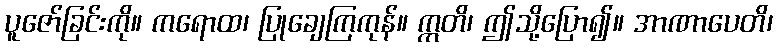
ပူဇော်ခြင်းကို။ ကရောထ၊ ပြုချေကြကုန်။ ဣတိ၊ ဤသို့ပြော၍။ အာဏာပေတိ၊